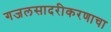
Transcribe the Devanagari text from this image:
गजलसादरीकरणाचा